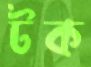
টক